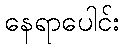
နေရာပေါင်း